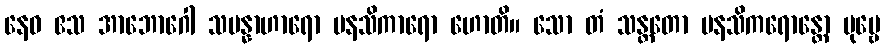
နေဝ ဧသ အာဘောဂေါ သမန္နာဟာရော မနသိကာရော ဟောတိ။ သော တံ သန္တတော မနသိကရောန္တော ပုဗ္ဗေ